65_HS1-834228961_62-HQ-83894_Serial_438
Agency: FBI
Page 37
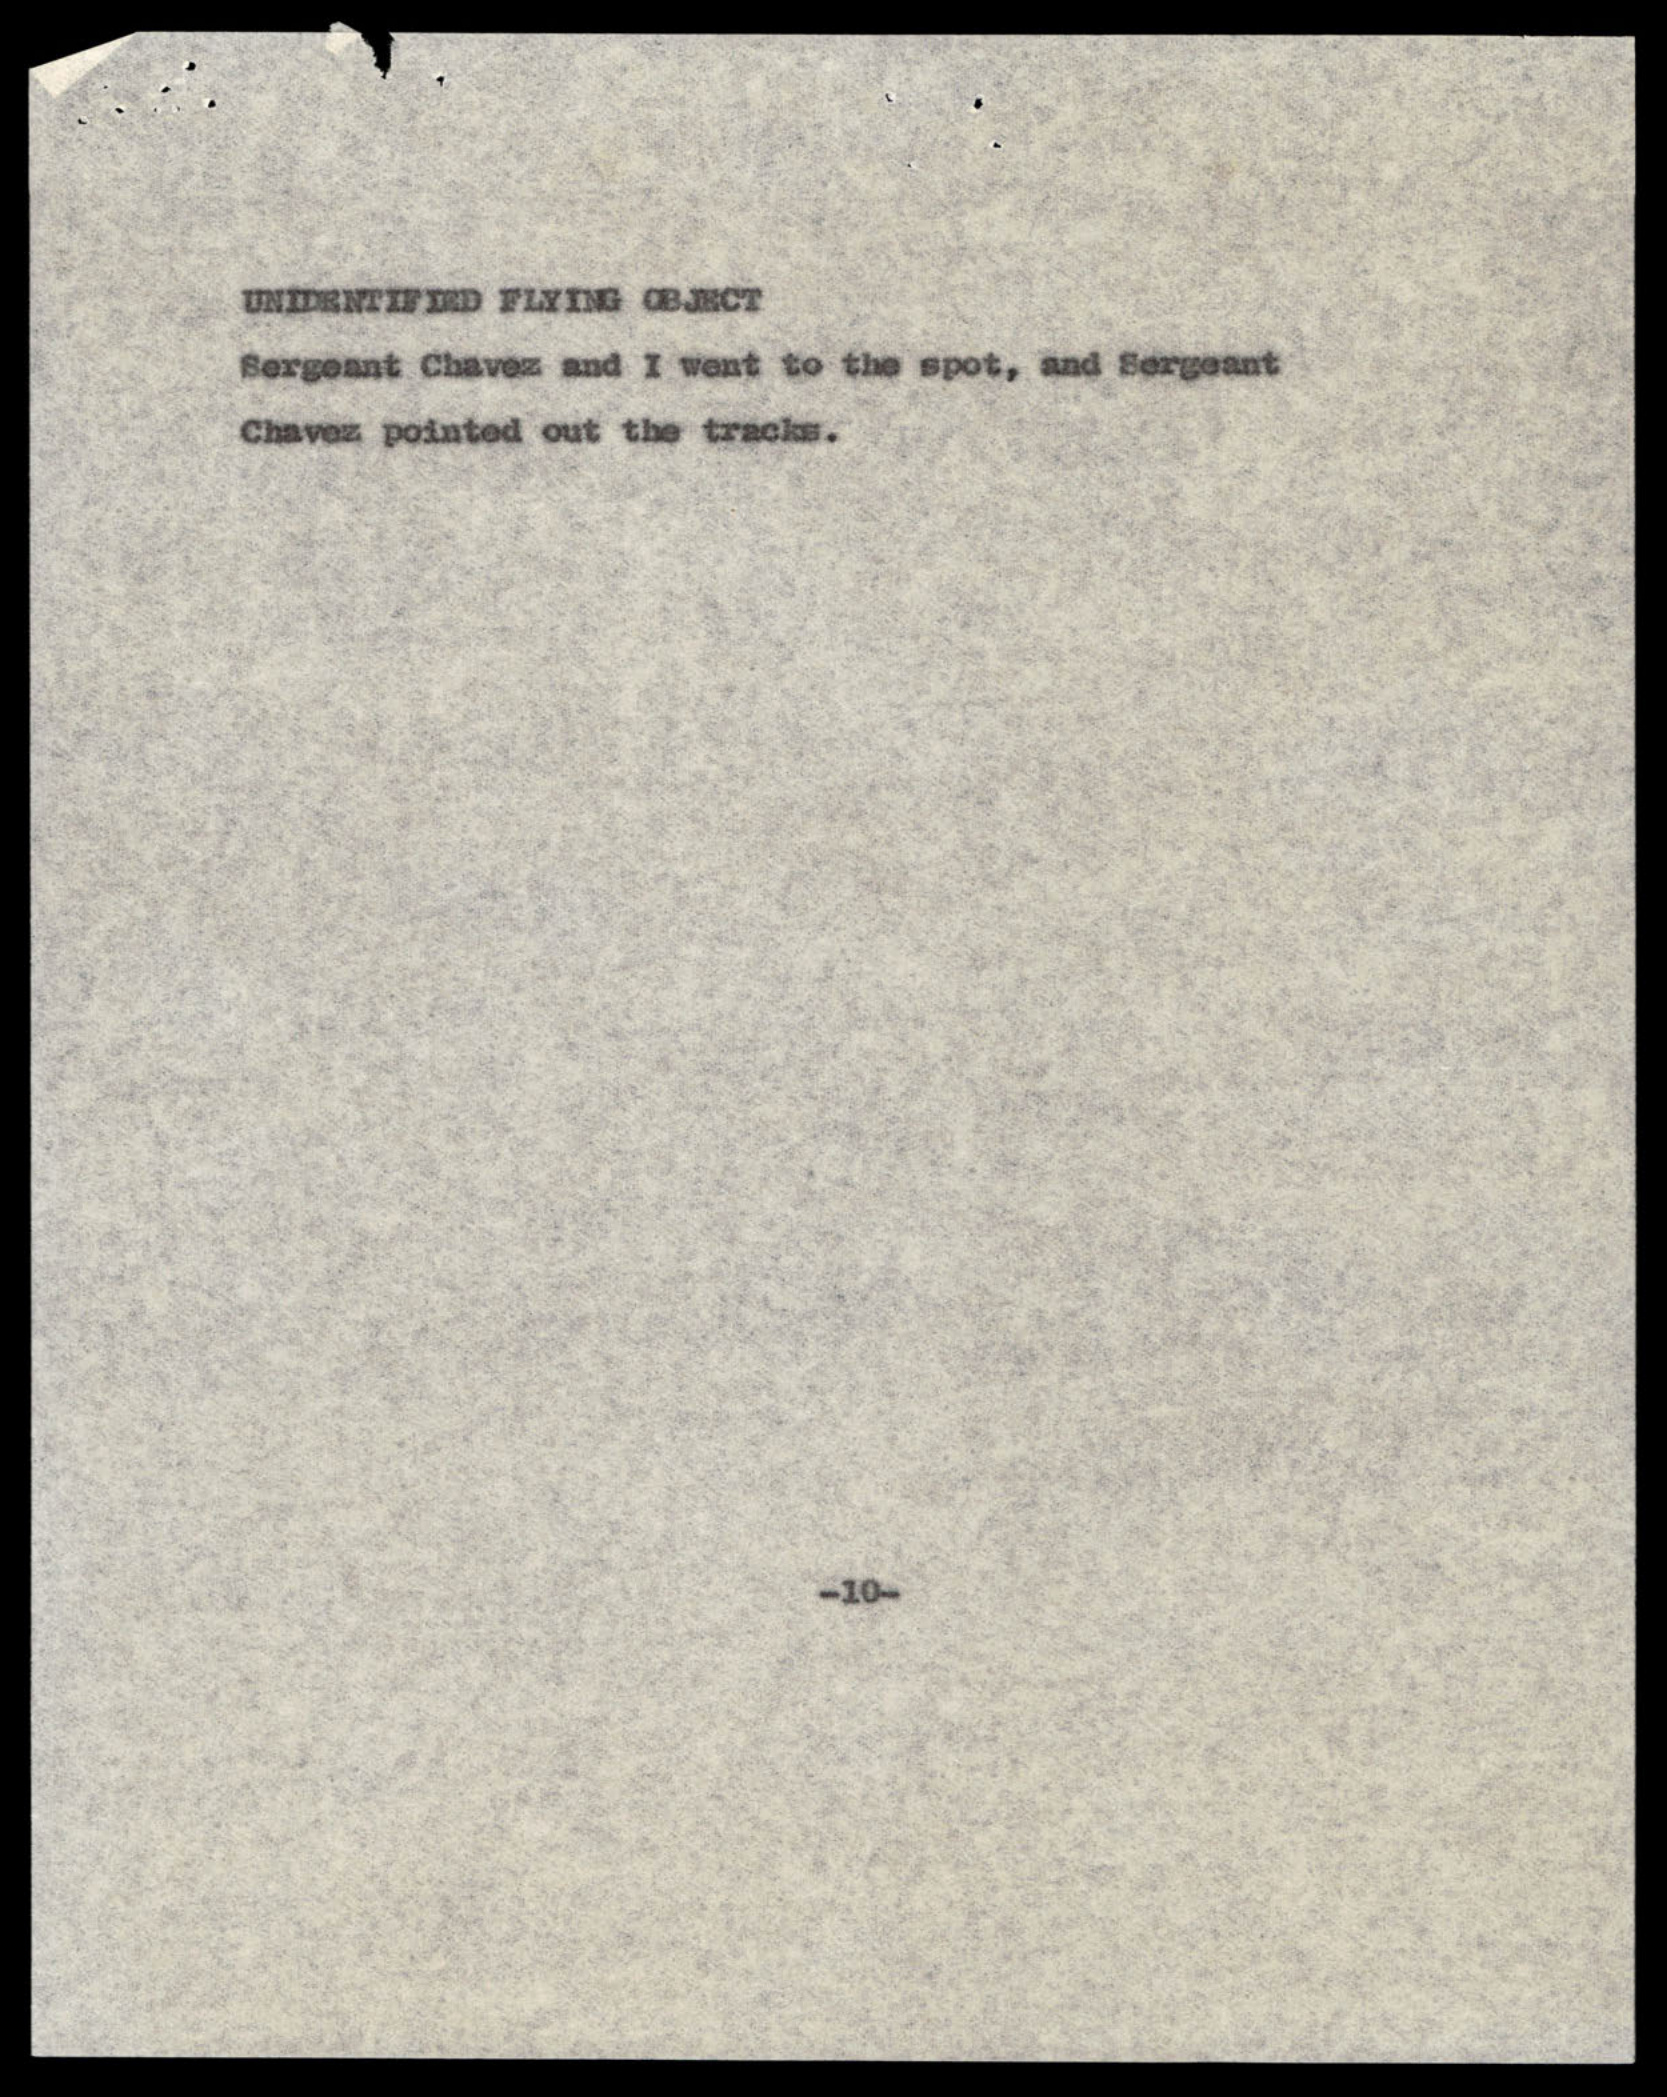